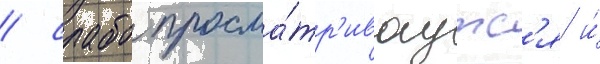
/ слабо просма́тр'иваутс'я и́